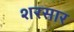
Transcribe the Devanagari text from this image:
शरसार